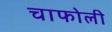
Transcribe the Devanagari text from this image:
चाफोली